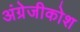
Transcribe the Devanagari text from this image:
अंग्रेजीकोश